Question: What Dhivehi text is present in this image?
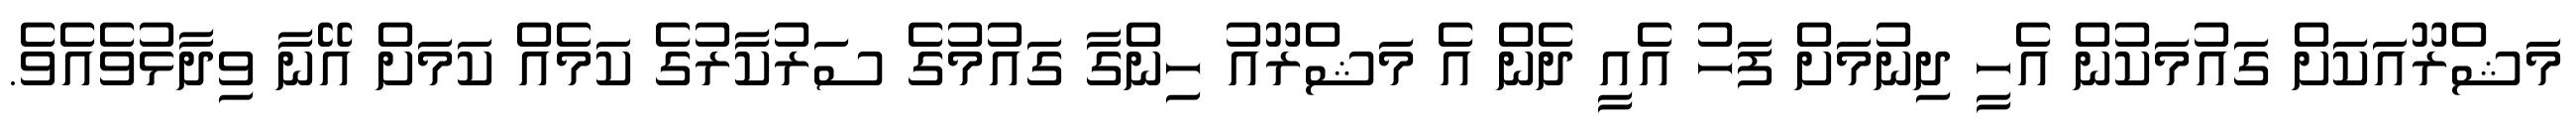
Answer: މަޝްރޫއަކަށް ގައުމަކުން އެހީ ދިނުމަށް ފަހު އެއީ ދެން އެ މަޝްރޫއު ހިންގާ ގައުމުގެ ސަރުކާރުގެ ކަމެއް ކަމަށް އޭނާ ވިދާޅުވެއެވެ.